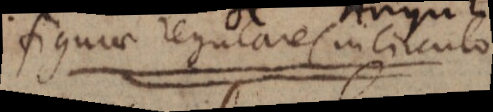
figurae regulares in circulo